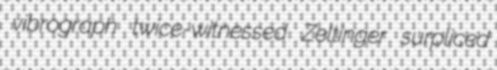
vibrograph twice-witnessed Zeltinger surpliced